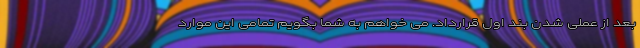
بعد از عملی شدن بند اول قرارداد. می خواهم به شما بگویم تمامی این موارد